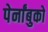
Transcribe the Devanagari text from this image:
पेर्नांबुको